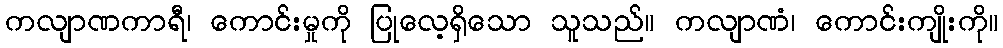
ကလျာဏကာရီ၊ ကောင်းမှုကို ပြုလေ့ရှိသော သူသည်။ ကလျာဏံ၊ ကောင်းကျိုးကို။